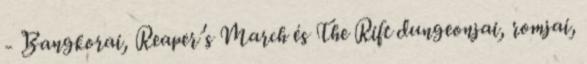
- Bangkorai, Reaper’s March és The Rift dungeonjai, romjai,